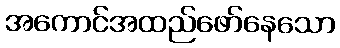
အကောင်အထည်ဖော်နေသော